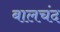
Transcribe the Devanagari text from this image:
बालचंद